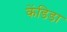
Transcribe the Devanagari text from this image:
केंडिडा